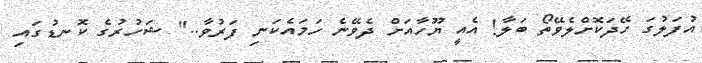
އުފަލުގަ ހޭދަކޮށްލެވޭތޯ ބަލާ! އެއީ ޔޫހާއަށް ދެވޭނެ ހަމައެކަނި ފަރުވާ.." ޝަހުރުގެ ކޮނޑުގައި